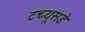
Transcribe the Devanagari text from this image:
टच्यूसडे